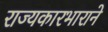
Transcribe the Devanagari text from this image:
राज्यकारभाराने